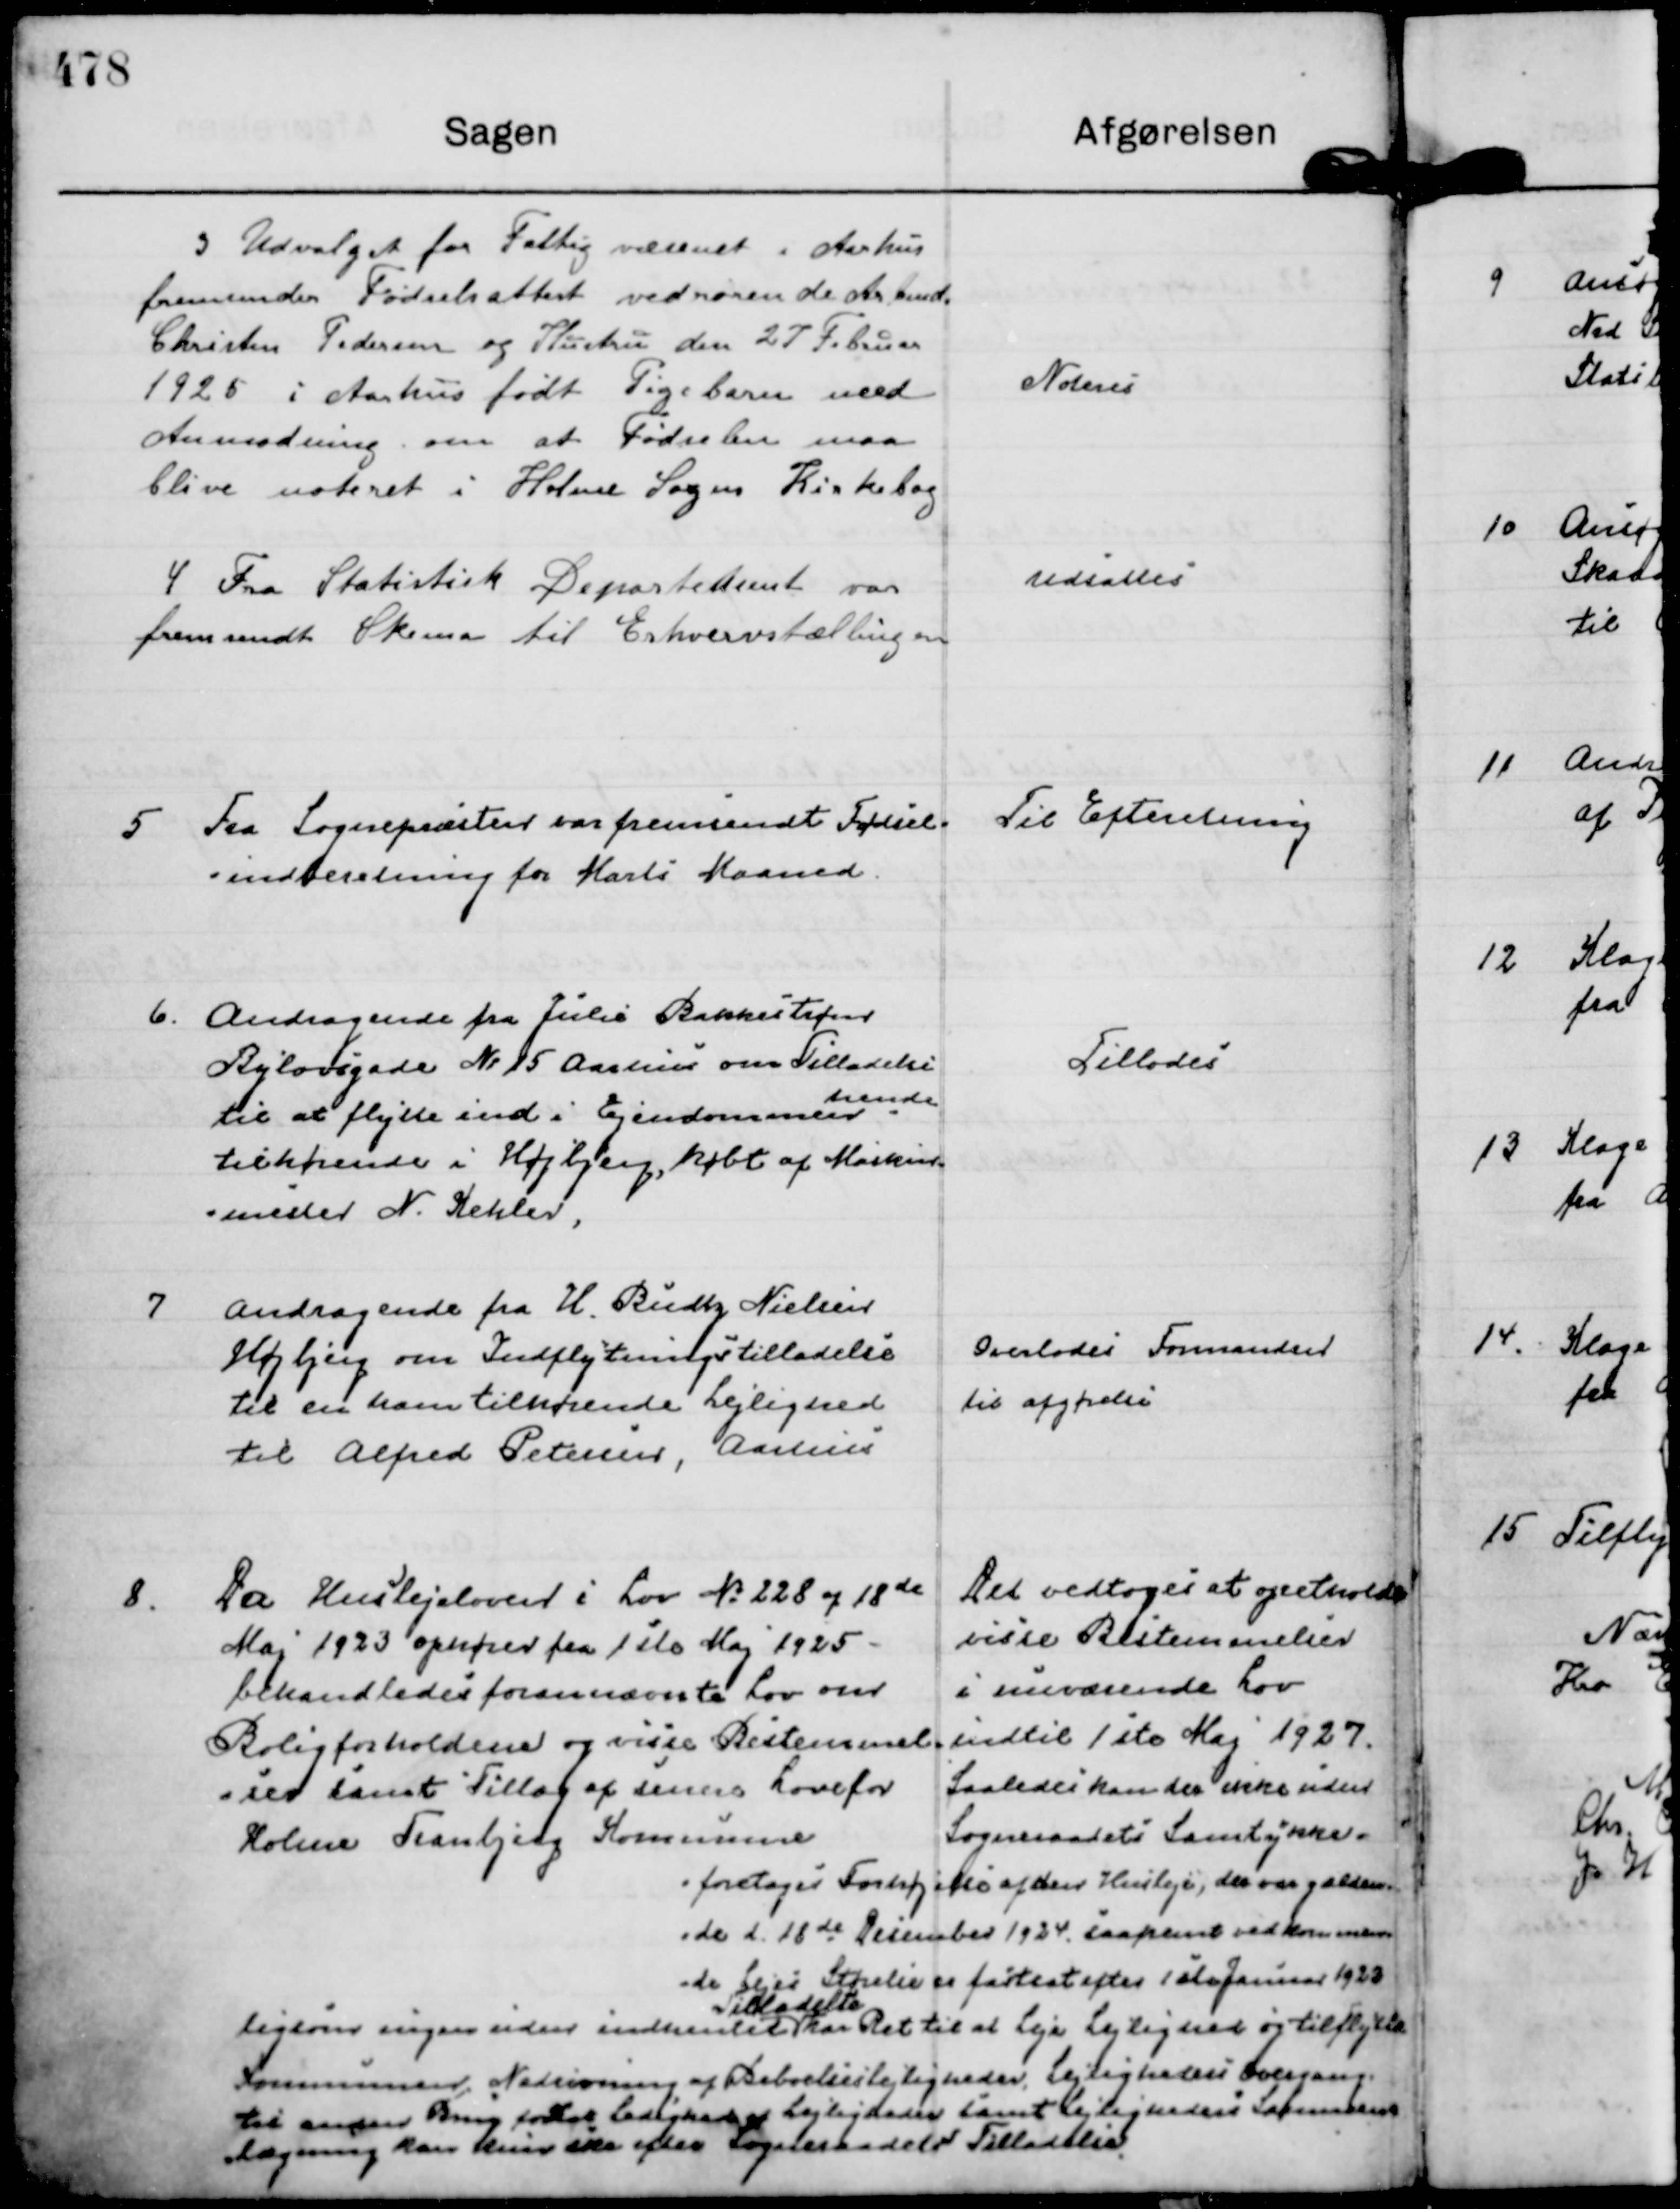
Transskription:
3
Udvalget for Fattigvæsenet i Aarhus
fremsender Fødselsattest vedrørende Arbmd.
Christen Pedersen og Hustru den 27 Februar
1925 i Aarhus født Pigebarn med
Anmodning om at Fødselen maa
blive noteret i Holme Sogns Kirkebog

Noteres

4
Fra Statistisk Departement var
fremsendt Skema til Erhvervstællingen

Udsattes

5
Fra Sognepræsten var fremsendt Fødsel=
=indberetning for Marts Maaned.

Til Efteretning

6.
Andragende fra Julie Bakkestrøm 
Bylovsgade N: 15 Aarhus om Tilladelse
til at flytte ind i Ejendommen 
hende
tilhørende i Højbjerg, købt af Maskin=
=mester N. Kehler.

Tillodes

7
Andragende fra H. Budtz Nielsen
Højbjerg om Indflytningstilladelse
til en ham tilhørende Lejlighed
til Alfred Petersen, Aarhus

Overlodes Formanden
til afgørelse

8.
Da Huslejeloven i Lov N: 228 af 18 de
Maj 1923 ophører fra 1 ste Maj 1925 -
behandledes forannævnte Lov om
Boligforholdene og visse Bestemmel=
=ser samt Tillæg af senere Love for 
Holme Tranbjerg Kommune

Det vedtoges at opretholde
visse Bestemmelser
i nuværende Lov
indtil 1 ste Maj 1927.
Saaledes kan der ikke uden
Sogneraadets Samtykke.
= foretages Forhøjelse af den Husleje, der var gælden= 
=de d. 18 de December 1924, saafremt vedkommen= 
=de Lejes Størelse er fastsat efter 1 ste Januar 1922 
ligsom ingen uden indhentet 
Tilladelse
har Ret til at Leje Lejlighed og tilflytte
Kommunen; Nedrivning, af Beboelseslejligheder,
Lejligheders Overgang.
til anden Brug fortsat Ledighed af Lejligheden samt
Lejlighedens Sammen= 
lægning kan kun ske efter Sogneraadets Tilladelse.